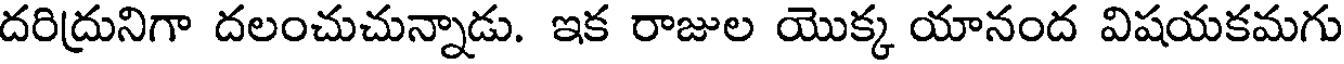
దరిద్రునిగా దలంచుచున్నాడు. ఇక రాజుల యొక్క యానంద విషయకమగు